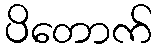
ပိတောက်